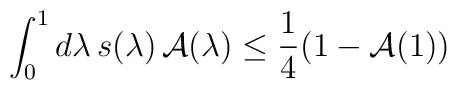
\int_0^1 d\lambda\, s(\lambda) \, \mathcal{A}(\lambda) \leq \frac{1}{4}(1-\mathcal{A}(1))